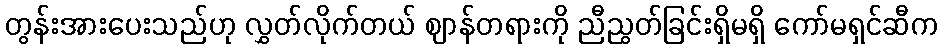
တွန်းအားပေးသည်ဟု လွှတ်လိုက်တယ် ဈာန်တရားကို ညီညွတ်ခြင်းရှိမရှိ ကော်မရှင်ဆီက